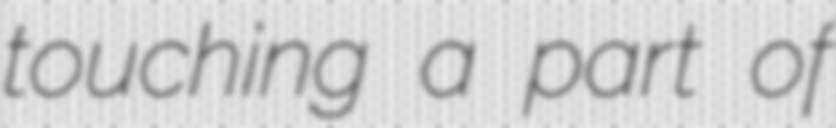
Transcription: touching a part of